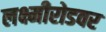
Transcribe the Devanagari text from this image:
लक्ष्मीरोडवर